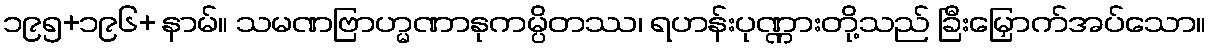
၁၉၅+၁၉၆+ နာမ်။ သမဏဗြာဟ္မဏာနုကမ္ပိတဿ၊ ရဟန်းပုဏ္ဏားတို့သည် ခြီးမြှောက်အပ်သော။